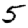
Digit: 5